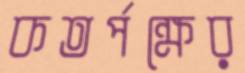
কতর্পক্ষের